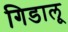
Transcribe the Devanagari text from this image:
गिडालू